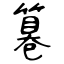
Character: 篹